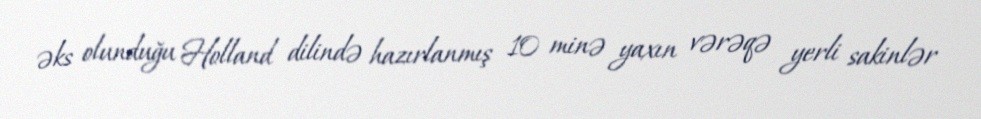
əks olunduğu Holland dilində hazırlanmış 10 minə yaxın vərəqə yerli sakinlər